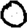
Digit: 0